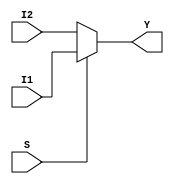
module MUX (input S, input I1, input I2, output Y);

  integer cont_mux = 0;

  assign /*#(`tpdmin_mux:`tpdtyp_mux:`tpdmax_mux)*/ #(1:3.2:4.5) Y = (S) ? I1:I2;

  //Se consume energía en las transiciones de 0 a 1 de la salida
  always @ ( posedge Y ) begin
    cont_mux = cont_mux +1;
  end

endmodule